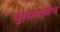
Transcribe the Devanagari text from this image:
दुग्धपायन